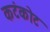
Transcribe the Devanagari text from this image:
कटंकोट